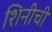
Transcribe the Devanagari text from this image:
शिनीची